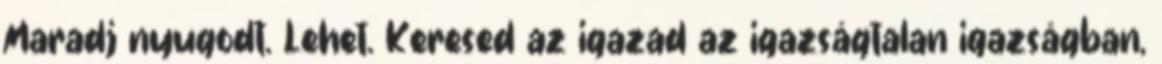
Maradj nyugodt. Lehet. Keresed az igazad az igazságtalan igazságban,